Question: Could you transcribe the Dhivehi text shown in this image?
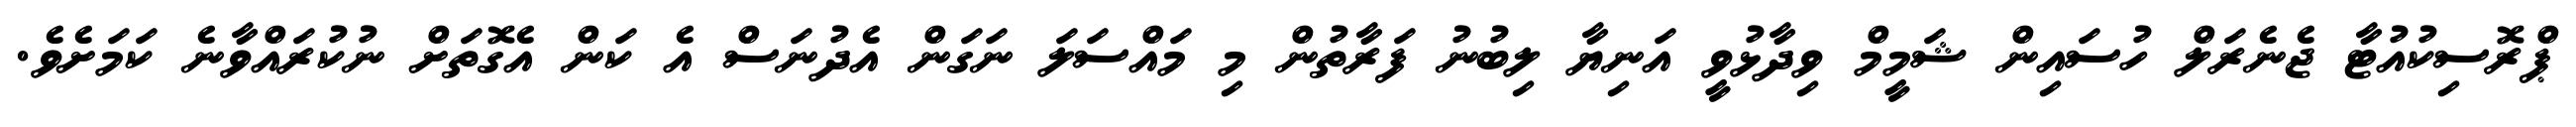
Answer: ޕްރޮސިކުއުޓާ ޖެނެރަލް ހުސައިން ޝަމީމް ވިދާޅުވީ އަނިޔާ ލިބުނު ފަރާތުން މި މައްސަލަ ނަގަން އެދުނަސް އެ ކަން އެގޮތަށް ނުކުރައްވާނެ ކަމަށެވެ.